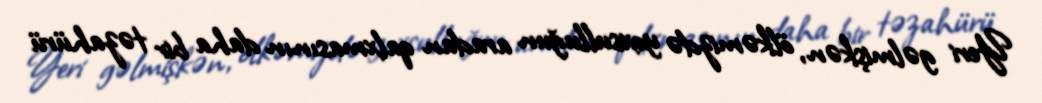
Yeri gəlmişkən, ölkəmizdə yoxsulluğun aradan qalxmasının daha bir təzahürü